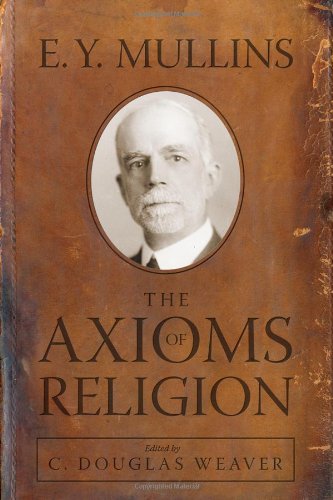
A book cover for The Axioms of Religion; E. Y. Mullins; Christian Books & Bibles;